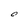
Character: O